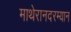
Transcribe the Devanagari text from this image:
माथेरानदरम्यान